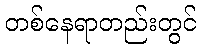
တစ်နေရာတည်းတွင်